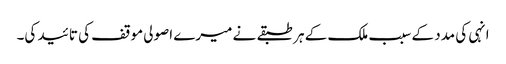
انہی کی مدد کے سبب ملک کے ہر طبقے نے میرے اصولی موقف کی تائید کی۔